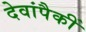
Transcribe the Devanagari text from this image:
देवांपैकीं